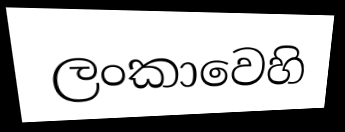
ලංකාවෙහි